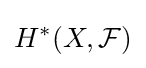
H^{*}(X,{\mathcal {F}})